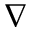
\nabla